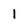
Character: 1